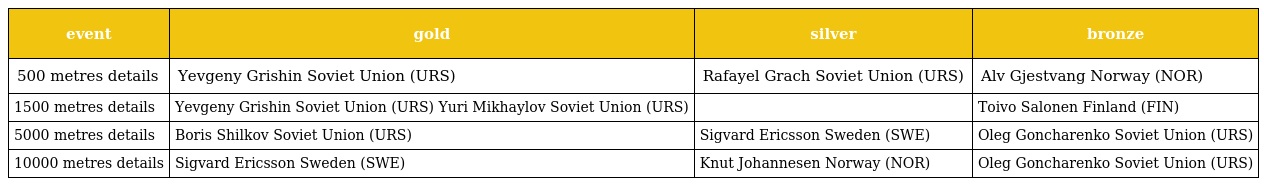
| event | gold | silver | bronze |
 | --- | --- | --- | --- |
 | 500 metres details | Yevgeny Grishin Soviet Union (URS) | Rafayel Grach Soviet Union (URS) | Alv Gjestvang Norway (NOR) |
 | 1500 metres details | Yevgeny Grishin Soviet Union (URS) Yuri Mikhaylov Soviet Union (URS) |  | Toivo Salonen Finland (FIN) |
 | 5000 metres details | Boris Shilkov Soviet Union (URS) | Sigvard Ericsson Sweden (SWE) | Oleg Goncharenko Soviet Union (URS) |
 | 10000 metres details | Sigvard Ericsson Sweden (SWE) | Knut Johannesen Norway (NOR) | Oleg Goncharenko Soviet Union (URS) |